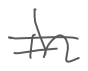
Text: in
Cross-out: double-line
Writing tool: digital_gray